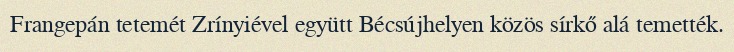
Frangepán tetemét Zrínyiével együtt Bécsújhelyen közös sírkő alá temették.